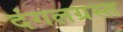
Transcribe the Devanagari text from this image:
दंगलग्रस्त